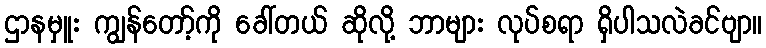
ဌာနမှူး ကျွန်တော့်ကို ခေါ်တယ် ဆိုလို့ ဘာများ လုပ်စရာ ရှိပါသလဲခင်ဗျာ။